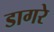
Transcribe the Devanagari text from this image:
डागरे